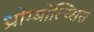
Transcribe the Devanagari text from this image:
थ्रोम्बोल्य्सिस